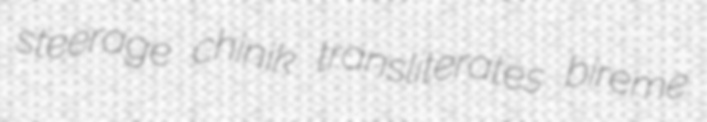
steerage chinik transliterates bireme